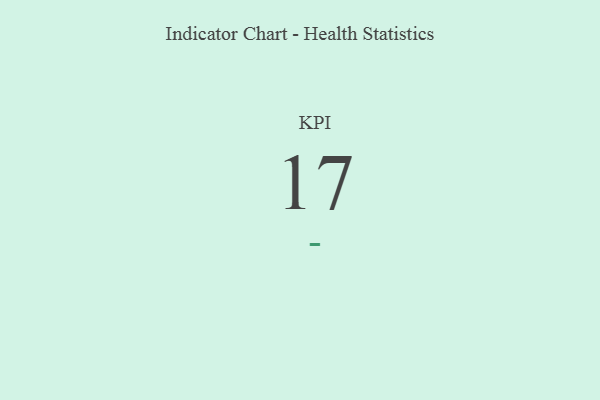
{"axis": {"x": "KPI", "y": "Value"}, "legend": [""], "data": [{"x": "KPI", "y": 17, "type": ""}]}